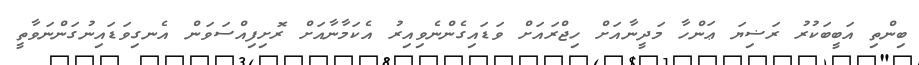
ބިންތި އަބީބަކުރު ރަޟިޔަ ޢަންހާ މަދީނާއަށް ހިޖްރައަށް ވަޑައިގެންނެވިއިރު އެކަމާނާއަށް ރޮށިފިއްސަވަން އެނގިވަޑައިނުގަންނަވާތީ